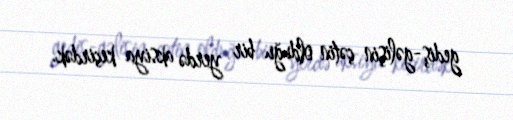
gediş-gəlişin çətin olduğu bir yerdə aksiya keçirdək.